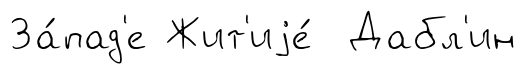
За́пад'е Жит'иjе́ Дабл'ин